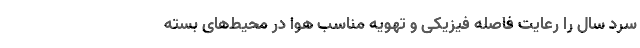
سرد سال را رعایت فاصله فیزیکی و تهویه مناسب هوا در محیط‌های بسته